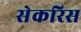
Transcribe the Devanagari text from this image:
सेकरिस